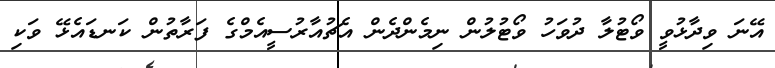
އޭނަ ވިދާޅުވީ ވޯޓުލާ ދުވަހު ވޯޓުލުން ނިމެންދެން އެޗުއާރުސީއެމްގެ ފަރާތުން ކަނޑައެޅޭ ވަކި